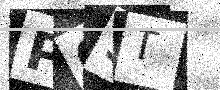
Text: P05T